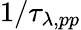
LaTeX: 1/\tau_{\lambda,pp}